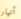
أنهار